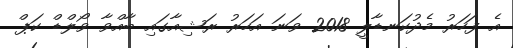
އެ ފަހަރު މެދުކަނޑާލީ 2018 ވަނަ އަހަރު ރަޝިއާގައި ބާއްވާ ވޯލްޑް ކަޕް